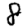
Digit: 8